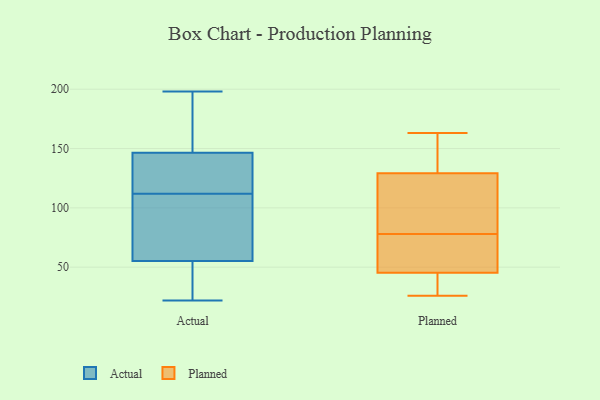
{"axis": {"x": "Latency (ms)", "y": "Value"}, "legend": ["Actual", "Planned"], "data": [{"x": "", "y": 131, "type": "Actual"}, {"x": "", "y": 55, "type": "Actual"}, {"x": "", "y": 56, "type": "Actual"}, {"x": "", "y": 145, "type": "Actual"}, {"x": "", "y": 59, "type": "Actual"}, {"x": "", "y": 22, "type": "Actual"}, {"x": "", "y": 147, "type": "Actual"}, {"x": "", "y": 198, "type": "Actual"}, {"x": "", "y": 183, "type": "Actual"}, {"x": "", "y": 37, "type": "Actual"}, {"x": "", "y": 112, "type": "Actual"}, {"x": "", "y": 75, "type": "Planned"}, {"x": "", "y": 61, "type": "Planned"}, {"x": "", "y": 26, "type": "Planned"}, {"x": "", "y": 163, "type": "Planned"}, {"x": "", "y": 30, "type": "Planned"}, {"x": "", "y": 49, "type": "Planned"}, {"x": "", "y": 30, "type": "Planned"}, {"x": "", "y": 78, "type": "Planned"}, {"x": "", "y": 44, "type": "Planned"}, {"x": "", "y": 106, "type": "Planned"}, {"x": "", "y": 151, "type": "Planned"}, {"x": "", "y": 138, "type": "Planned"}, {"x": "", "y": 136, "type": "Planned"}, {"x": "", "y": 27, "type": "Planned"}, {"x": "", "y": 101, "type": "Planned"}, {"x": "", "y": 56, "type": "Planned"}, {"x": "", "y": 141, "type": "Planned"}, {"x": "", "y": 84, "type": "Planned"}, {"x": "", "y": 109, "type": "Planned"}]}